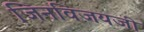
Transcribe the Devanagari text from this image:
जिनविजयजी